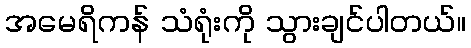
အမေရိကန် သံရုံးကို သွားချင်ပါတယ်။